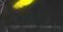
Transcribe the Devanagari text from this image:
ओफुजी